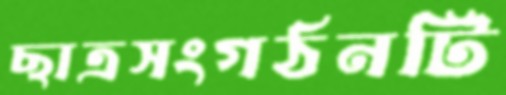
ছাত্রসংগঠনটি